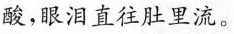
酸，眼泪直往肚里流。